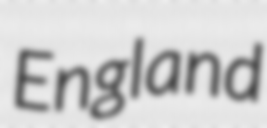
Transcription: England